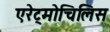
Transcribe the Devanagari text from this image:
एरेट्मोचिलिस